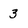
Character: 3